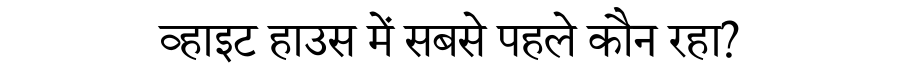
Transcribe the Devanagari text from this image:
व्हाइट हाउस में सबसे पहले कौन रहा?